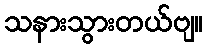
သနားသွားတယ်ဗျ။